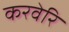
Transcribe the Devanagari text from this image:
करवेरि